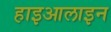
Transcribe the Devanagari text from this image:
हाइआलाइन